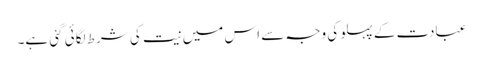
عبادت کے پہلو کی وجہ سے اس میں نیت کی شرط لگائی گئی ہے۔